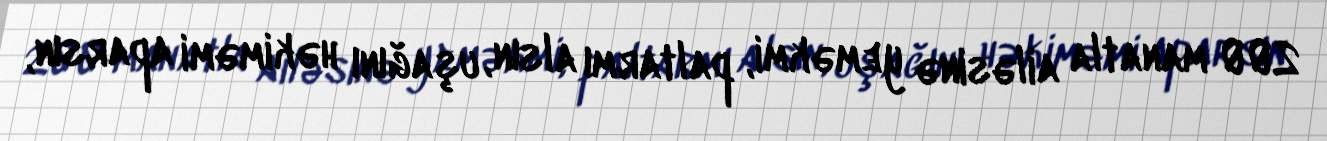
200 manatla ailəsinə yeməkmi, paltarmı alsın, uşağını həkiməmi aparsın,